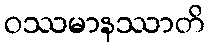
ဝဿမာနဿာတိ